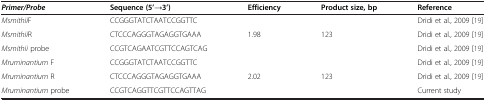
| Primer/Probe | Sequence (5’→3’) | Efficiency | Product size, bp | Reference |
 | --- | --- | --- | --- | --- |
 | MsmithiiF | CCGGGTATCTAATCCGGTTC |  |  | Dridi et al., 2009 [19] |
 | MsmithiiR | CTCCCAGGGTAGAGGTGAAA | 1.98 | 123 | Dridi et al., 2009 [19] |
 | Msmithii probe | CCGTCAGAATCGTTCCAGTCAG |  |  | Dridi et al., 2009 [19] |
 | Mruminantium F | CCGGGTATCTAATCCGGTTC |  |  | Dridi et al., 2009 [19] |
 | Mruminantium R | CTCCCAGGGTAGAGGTGAAA | 2.02 | 123 | Dridi et al., 2009 [19] |
 | Mruminantium probe | CCGTCAGGTTCGTTCCAGTTAG |  |  | Current study |